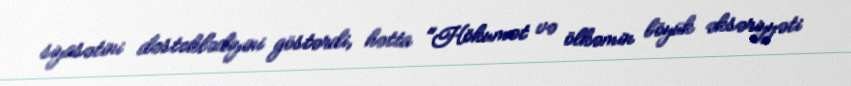
siyasətini dəstəklədiyini göstərdi, hətta "Hökumət və ölkəmin böyük əksəriyyəti